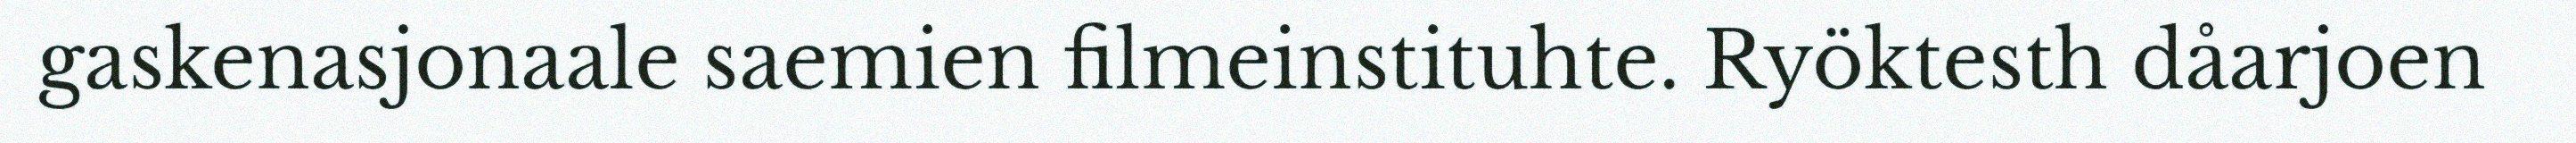
gaskenasjonaale saemien filmeinstituhte. Ryöktesth dåarjoen